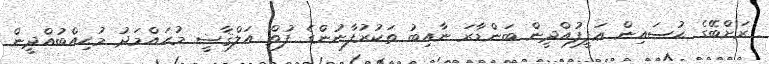
ރަށްބޭގެ ޙުސައިން ޢަފީފުއްދީން ބަންޑާރަ ނާއިބު ތަކުރުފާނުންގެ ފުތް އަލްޤާޟީ މުޙައްމަދު މުޙިއްބުއްދީން